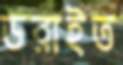
ডরাইত